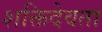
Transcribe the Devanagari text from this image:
शक्तिदेवता